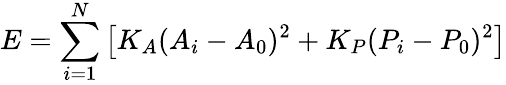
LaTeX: E=\sum_{i=1}^{N}\left[K_{A}(A_{i}-A_{0})^{2}+K_{P}(P_{i}-P_{0})^{2}\right]